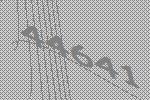
44641